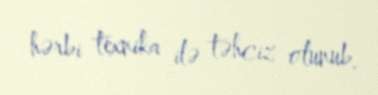
hərbi texnika ilə təhciz olunub.